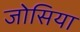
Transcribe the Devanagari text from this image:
जोसिया